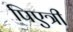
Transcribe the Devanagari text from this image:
पिएत्री